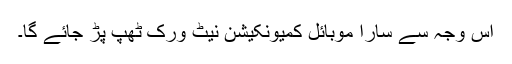
اس وجہ سے سارا موبائل کمیونکیشن نیٹ ورک ٹھپ پڑ جائے گا۔